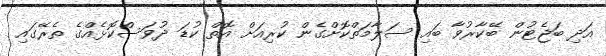
އަދި ބަޖެޓުން ބޭކާރުވާ ބައި ސަލާމަތްކޮށްގެން ކުރިއަށް އޮތް ކުޑަ ދުވަސްކޮޅެއްގެ ތެރޭގައި